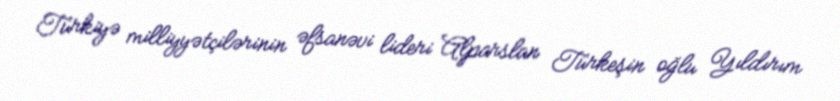
Türkiyə milliyyətçilərinin əfsanəvi lideri Alparslan Türkeşin oğlu Yıldırım